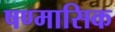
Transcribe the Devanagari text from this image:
षण्मासिक